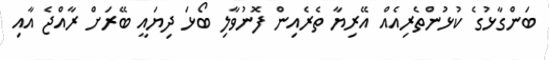
ބަންގާޅުގެ ކުޅުންތެރިއެއް އޭރިޔާ ތެރެއިން ފޮނުވާލި ބޯޅަ ދިޔައީ ބޭރަށް ރާއްޖެ އާއި